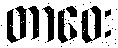
တာဝေး